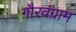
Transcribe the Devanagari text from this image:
गौरवग्राम